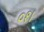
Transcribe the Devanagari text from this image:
०१।